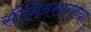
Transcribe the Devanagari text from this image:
सौमित्रसारख्या